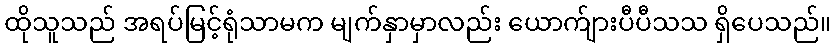
ထိုသူသည် အရပ်မြင့်ရုံသာမက မျက်နှာမှာလည်း ယောက်ျားပီပီသသ ရှိပေသည်။